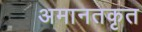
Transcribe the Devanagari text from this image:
अमानतकृत